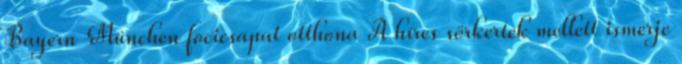
Bayern München focicsapat otthona A híres sörkertek mellett ismerje